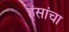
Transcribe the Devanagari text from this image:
हंसांचा